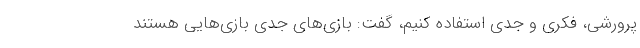
پرورشی، فکری و جدی استفاده کنیم، گفت: بازی‌های جدی بازی‌هایی هستند